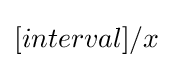
[interval]/x